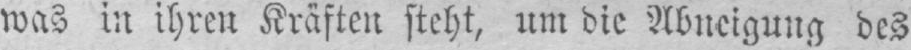
was in ihren Kräften steht, um die Abneigung des